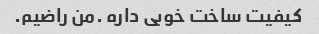
کیفیت ساخت خوبی داره .من راضیم.